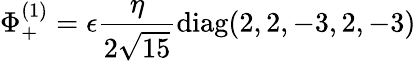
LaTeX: \Phi_{+}^{(1)}=\epsilon{\frac{\eta}{2\sqrt{15}}}\mathrm{diag}(2,2,-3,2,-3)